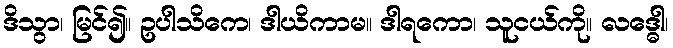
ဒိသွာ၊ မြင်၍။ ဥပါသိကေ၊ ဒါယိကာမ။ ဒါရကော၊ သူငယ်ကို။ လဒ္ဓေါ၊